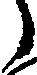
々